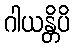
ဂါယန္တိပိ